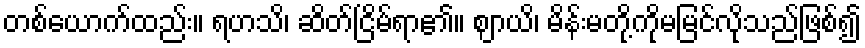
တစ်ယောက်ထည်း။ ရဟသိ၊ ဆိတ်ငြိမ်ရာ၏။ ဈာယိ၊ မိန်းမတို့ကိုမမြင်လိုသည်ဖြစ်၍